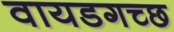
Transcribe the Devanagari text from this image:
वायडगच्छ